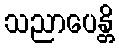
သညာပေန္တိ